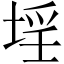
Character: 𡍛